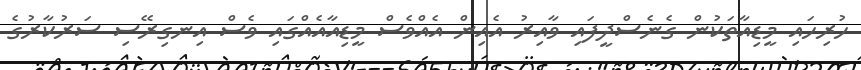
ހުރިހައި މީޑިއާތަކުން ގެނެސްދީފައި ވާއިރު އެއިން އެއްވެސް މީޑިއާއެއްގައި ވެސް އިނގިރޭސި ސަރުކާރުގެ